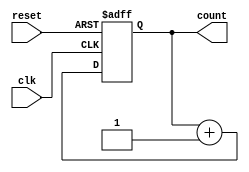
module counter (
    input clk, // clock signal
    input reset, // reset signal
    output reg [7:0] count // count value
);

always @(posedge clk or posedge reset) begin
    if (reset) begin
        count <= 8'd0; // reset count value to zero
    end else begin
        count <= count + 1; // increment count value on each rising edge of clock signal
    end
end

endmodule